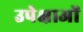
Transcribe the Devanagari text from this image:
उपेक्षाअों